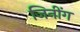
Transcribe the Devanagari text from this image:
जिनींग